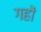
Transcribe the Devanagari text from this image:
गहों